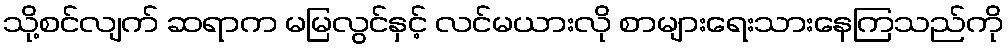
သို့စင်လျက် ဆရာက မမြလွင်နှင့် လင်မယားလို စာများရေးသားနေကြသည်ကို